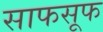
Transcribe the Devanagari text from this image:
साफसूफ